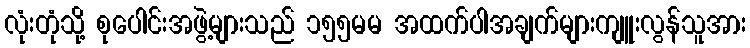
လုံးတုံသို့ စုပေါင်းအဖွဲ့များသည် ၁၅၅မမ အထက်ပါအချက်များကျူးလွန်သူအား